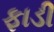
ફાડી